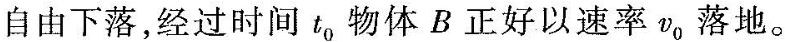
自由下落，经过时间t_{0}物体B正好以速率v_{0}落地。